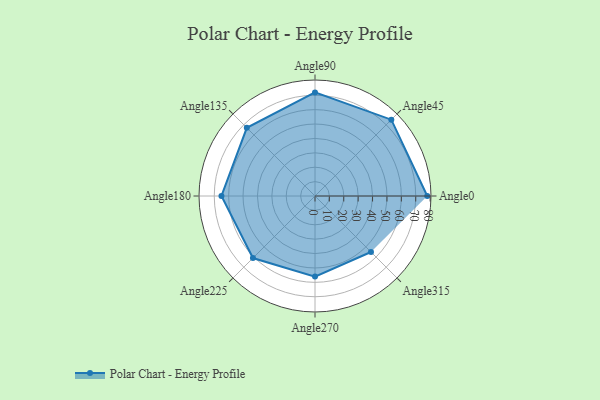
{"axis": {"x": "Angle", "y": "Radius"}, "legend": [""], "data": [{"x": "Angle0", "y": 78.0, "type": ""}, {"x": "Angle45", "y": 75.0, "type": ""}, {"x": "Angle90", "y": 72.0, "type": ""}, {"x": "Angle135", "y": 67.0, "type": ""}, {"x": "Angle180", "y": 65.0, "type": ""}, {"x": "Angle225", "y": 61.0, "type": ""}, {"x": "Angle270", "y": 56.0, "type": ""}, {"x": "Angle315", "y": 55.0, "type": ""}]}